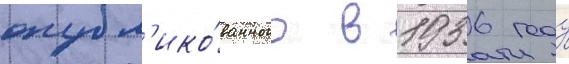
опубл'ико́ванного в 1936 году